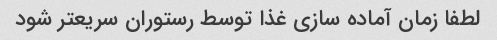
لطفا زمان آماده سازی غذا توسط رستوران سریعتر شود